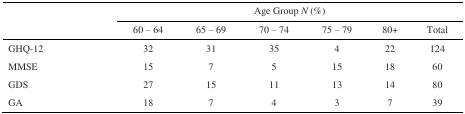
<table><thead><tr><td rowspan="3"></td><td colspan="6"><b>Age Group <i>N</i> (%)</b></td></tr><tr><td><b>60 – 64</b></td><td><b>65 – 69</b></td><td><b>70 – 74</b></td><td><b>75 – 79</b></td><td><b>80+</b></td><td><b>Total</b></td></tr></thead><tbody><tr><td>GHQ-12</td><td>32</td><td>31</td><td>35</td><td>4</td><td>22</td><td>124</td></tr><tr><td>MMSE</td><td>15</td><td>7</td><td>5</td><td>15</td><td>18</td><td>60</td></tr><tr><td>GDS</td><td>27</td><td>15</td><td>11</td><td>13</td><td>14</td><td>80</td></tr><tr><td>GA</td><td>18</td><td>7</td><td>4</td><td>3</td><td>7</td><td>39</td></tr></tbody></table>